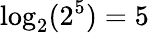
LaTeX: \log_{2}(2^{5})=5